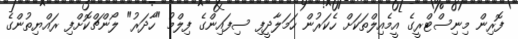
ފޮރިން މިނިސްޓްރީގެ އީމެއިލްތަކަށް ހެކަރުން ހަމަލާދީފި ސިފައިންގެ ފިލްމު "ހާދަރު" ލޯންޗްކޮށްފި ރައްޔިތުންގެ